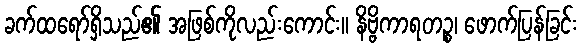
ခက်ထရော်ရှိသည်၏ အဖြစ်ကိုလည်းကောင်း။ နိဗ္ဗိကာရတဉ္စ၊ ဖောက်ပြန်ခြင်း